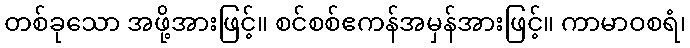
တစ်ခုသော အဖို့အားဖြင့်။ စင်စစ်ဧကန်အမှန်အားဖြင့်။ ကာမာဝစရံ၊